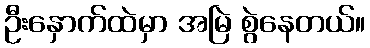
ဦးနှောက်ထဲမှာ အမြဲ စွဲနေတယ်။